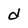
Character: d